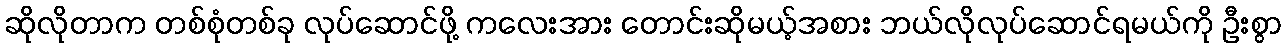
ဆိုလိုတာက တစ်စုံတစ်ခု လုပ်ဆောင်ဖို့ ကလေးအား တောင်းဆိုမယ့်အစား ဘယ်လိုလုပ်ဆောင်ရမယ်ကို ဦးစွာ